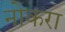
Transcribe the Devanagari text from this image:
नोकरा